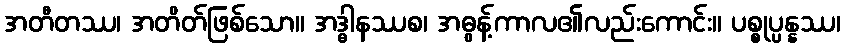
အတီတဿ၊ အတိတ်ဖြစ်သော။ အဒ္ဓါနဿစ၊ အဓွန့်ကာလ၏လည်းကောင်း။ ပစ္စုပ္ပန္နဿ၊